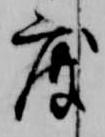
度